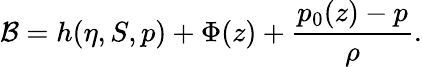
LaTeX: {\cal B}=h(\eta,S,p)+\Phi(z)+\frac{p_{0}(z)-p}{\rho}.